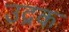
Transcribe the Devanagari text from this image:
उद्रक